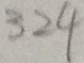
3 2 4